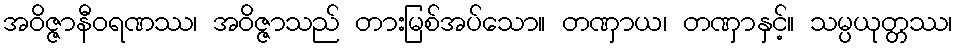
အဝိဇ္ဇာနီဝရဏဿ၊ အဝိဇ္ဇာသည် တားမြစ်အပ်သော။ တဏှာယ၊ တဏှာနှင့်။ သမ္ပယုတ္တဿ၊